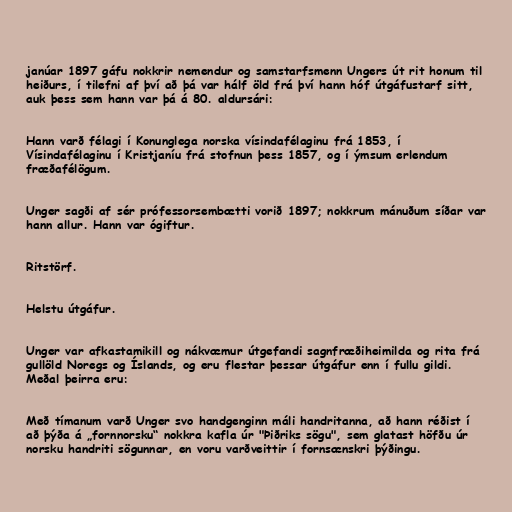
janúar 1897 gáfu nokkrir nemendur og samstarfsmenn Ungers út rit honum til
heiðurs, í tilefni af því að þá var hálf öld frá því hann hóf útgáfustarf sitt,
auk þess sem hann var þá á 80. aldursári:

Hann varð félagi í Konunglega norska vísindafélaginu frá 1853, í
Vísindafélaginu í Kristjaníu frá stofnun þess 1857, og í ýmsum erlendum
fræðafélögum.

Unger sagði af sér prófessorsembætti vorið 1897; nokkrum mánuðum síðar var
hann allur. Hann var ógiftur.

Ritstörf.

Helstu útgáfur.

Unger var afkastamikill og nákvæmur útgefandi sagnfræðiheimilda og rita frá
gullöld Noregs og Íslands, og eru flestar þessar útgáfur enn í fullu gildi.
Meðal þeirra eru:

Með tímanum varð Unger svo handgenginn máli handritanna, að hann réðist í
að þýða á „fornnorsku“ nokkra kafla úr "Þiðriks sögu", sem glatast höfðu úr
norsku handriti sögunnar, en voru varðveittir í fornsænskri þýðingu.